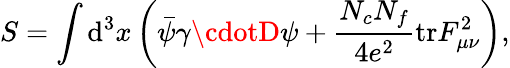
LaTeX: S=\int\mathrm{d}^{3}x\left(\bar{{\psi}}\gamma\cdotD\psi+{\frac{{N_{c}N_{f}}}{{4e^{2}}}}\mathrm{{tr}}F_{\mu\nu}^{2}\right),